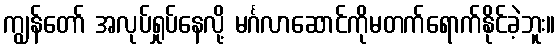
ကျွန်တော် အလုပ်ရှုပ်နေလို့ မင်္ဂလာဆောင်ကိုမတက်ရောက်နိုင်ခဲ့ဘူး။